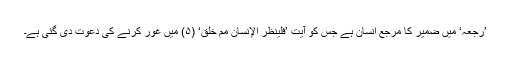
’رَجْعِہٖ‘ میں ضمیر کا مرجع انسان ہے جس کو آیت ’فَلْیَنۡظُرِ الْإِنۡسَانُ مِمَّ خُلِقَ‘ (۵) میں غور کرنے کی دعوت دی گئی ہے۔